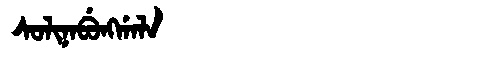
Manchu: ᠰᠣᠯᡳᠨᠠᠪᡠᠩᡤᠠᠯᠠ
Romanization: SOLINABUNGGALA